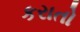
કરાતો